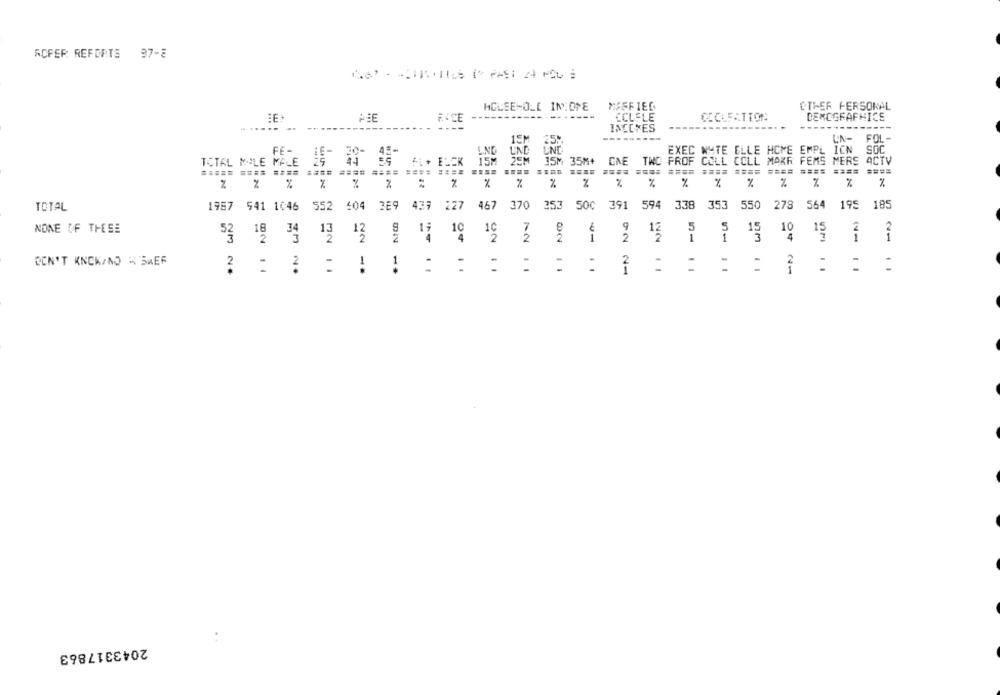
AOFER REFORTS 97-8
HOLEEHOLE IN ONE
MEFFIEL
ETLEF PERSONAL
--------
-------
CCLFLE
CICLEATION
DEMOGRAPHICS
#4CE
----
---
INCCYES
15M
25M
---------
LN-
FOL-
FE-
4 :-
LIND
EXEC WHTE ELLE HOME EMPL ICN
SOC
ZEM
35M 35M4
FAE
TWO PROF COLL COLL MAKR FEMS MERS ACTV
TOTAL MALE MALE
15M
===== ==== ==== ==== ==== ==== ==== ====
==== ==== ==== ==== ==== ==== ====
.% %
%
%
%
%
%
%
%
%
%
%
%
TOTAL
1987 941 1046
552 204
3E9
437
227
467
370
353
500
791
594
338
353
550
278
564
195
185
NONE OF THESE
10
7
9
5
5
10
2
2
1
12
15
3 2
18 34
MN
4
UN
2
2
1
1
DON'T KNOWAND - SMER
1
NO -.
..
2
2
2043317863